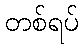
တစ်ရပ်